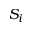
S _ { i }